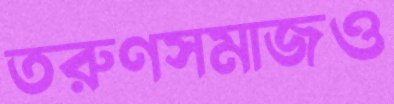
তরুণসমাজও